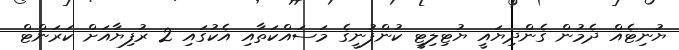
ޔުނިޓެއް ދެމުން ގެންދިޔައީ ޔުޓިލިޓީ ކުންފުނީގެ މަސައްކަތާއި އެކުގައި 2 ރުފިޔާއަށް ކަރަންޓް